Lunatic asylums Punjab 1881-1894 - 1881-1894
Year: 1881
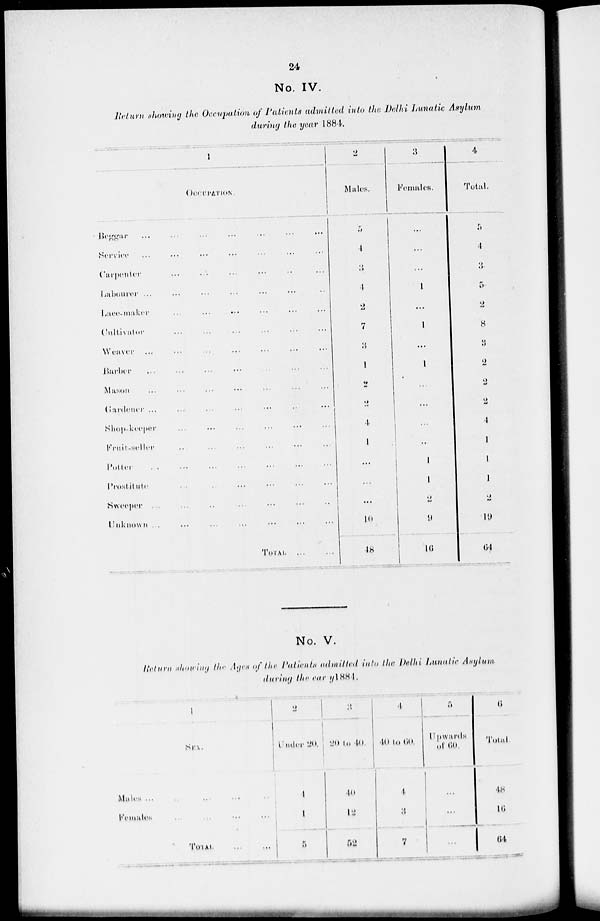
24
No. IV.
Return showing the Occupation of Patients admitted into the Delhi Lunatic Asylum
during the year 1884.
1
OCCUPATION.
Beggar
...
...
...
...
...
...
...
Service ... ... ... ... ... ... ...
Carpenter ... ... ... ... ... ... ...
Labourer... ... ... ... ... ... ...
Lace-maker ... ... ... ... ... ... ...
Cultivator ... ... ... ... ... ... ...
Weaver ... ... ... ... ... ... ... ...
Barber
...
...
...
...
...
...
...
Mason
...
...
...
...
...
...
...
Gardener ... ... ... ... ... ... ...
Shop-keeper ... ... ... ... ... ... ...
Fruit-seller ... ... ... ... ... ... ...
Potter ... ... ... ... ... ... ...
Prostitute ... ... ... ... ... ... ...
Sweeper
...
...
...
...
...
...
...
Unknown
...
...
...
...
...
...
...
TOTAL
. . .
. . .
2
Males.
5
4
3
4
2
7
3
1
2
2
4
1
...
...
...
10
48
3
Females.
...
...
...
1
...
1
...
1
...
...
...
...
1
1
2
9
16
4
Total.
5
4
3
5
2
8
3
2
2
2
4
1
1
1
2
19
64
No. V.
Return showing the Ages of the Patients admitted into the Delhi Lunatic Asylum
during the early 1884.
1
SEX.
Males ... ... ... ... ...
Females
...
...
...
...
TOTAL.
...
...
2
Under 20.
4
1
5
3
20 to 40.
40
12
52
4
40 to 60.
4
3
7
5
Upward*
of 00.
...
...
...
6
Total.
48
16
64